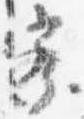
察